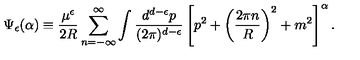
\Psi _ { \epsilon } ( \alpha ) \equiv \frac { \mu ^ { \epsilon } } { 2 R } \sum _ { n = - \infty } ^ { \infty } \int \frac { d ^ { d - \epsilon } p } { ( 2 \pi ) ^ { d - \epsilon } } \left[ p ^ { 2 } + \left( \frac { 2 \pi n } { R } \right) ^ { 2 } + m ^ { 2 } \right] ^ { \alpha } .